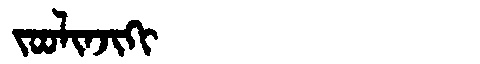
Manchu: ᠵᠣᠣᠯᡳᠨᠵᡳᡴᡳ
Romanization: JOOLINJIKI